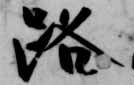
路